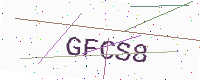
Text: GFCS8